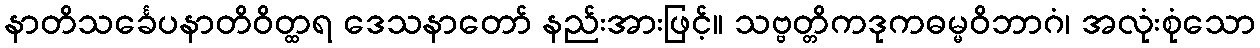
နာတိသင်္ခေပနာတိဝိတ္ထရ ဒေသနာတော် နည်းအားဖြင့်။ သဗ္ဗတ္တိကဒုကဓမ္မဝိဘာဂံ၊ အလုံးစုံသော